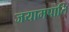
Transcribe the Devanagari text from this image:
जयामपाति